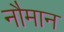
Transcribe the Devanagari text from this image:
नौमान